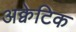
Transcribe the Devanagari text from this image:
अक्वेटिक